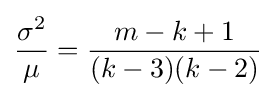
{\frac {\sigma ^{2}}{\mu }}={\frac {m-k+1}{(k-3)(k-2)}}